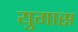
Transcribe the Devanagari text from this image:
युगास